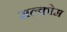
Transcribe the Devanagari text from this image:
मल्कोम